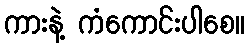
ကားနဲ့ ကံကောင်းပါစေ။